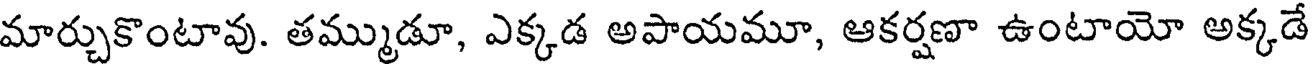
మార్చుకొంటావు. తమ్ముడూ, ఎక్కడ అపాయమూ, ఆకర్షణా ఉంటాయో అక్కడే